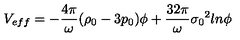
V _ { e f f } = - \frac { 4 { \pi } } { \omega } ( { \rho } _ { 0 } - 3 p _ { 0 } ) { \phi } + \frac { 3 2 { \pi } } { \omega } { { \sigma } _ { 0 } } ^ { 2 } l n { \phi }